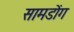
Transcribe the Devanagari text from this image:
सामडोंग